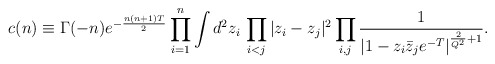
\begin{align*}\hskip-20mm c(n)\equiv \Gamma(-n)e^{-{n(n+1)T\over 2}}\prod_{i=1}^{n}\int d^2z_i\, \prod_{i<j}|z_i-z_j|^2\prod_{i,j}{1\over |1-z_i\bar{z}_je^{-T}|^{{2 \over Q^2}+1}}.\end{align*}